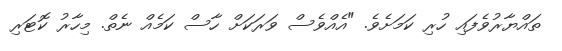
ތައްޔާރުވެފައި ހުރި ކަމަށެވެ. "އެއްވެސް ވަރަކަށް ހާސް ކަމެއް ނެތް. މިހާރު ކޮޓަރި